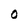
Character: O